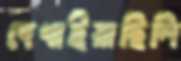
দেখাইয়াছিলি